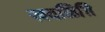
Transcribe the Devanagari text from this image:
खवळिसि